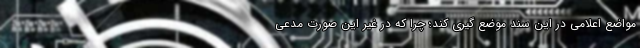
مواضع اعلامی در این سند موضع گیری کند؛ چرا که در غیر این صورت مدعی